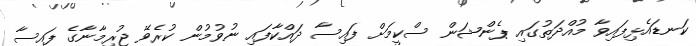
ކަނޑައެޅިފައިވާ މުއްދަތުގައި ޕެންޝަން ސްކީމަށް ފައިސާ ދައްކާފައި ނުވުމުުން ކުރެވޭ ޖުރިމާނާގެ ފައިސާ